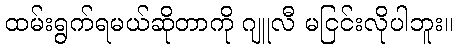
ထမ်းရွက်ရမယ်ဆိုတာကို ဂျူလီ မငြင်းလိုပါဘူး။